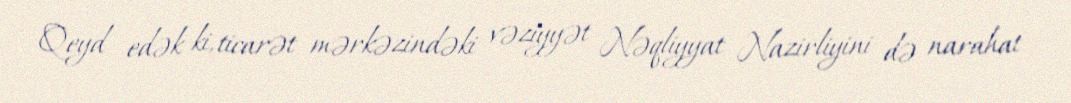
Qeyd edək ki, ticarət mərkəzindəki vəziyyət Nəqliyyat Nazirliyini də narahat